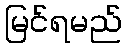
မြင်ရမည်